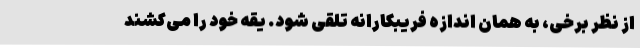
از نظر برخی، به همان اندازه فریبکارانه تلقی شود. یقه خود را می‌کشند